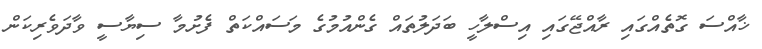
ޚާއްސަ ގޮތެއްގައި ރާއްޖޭގައި އިސްލާހީ ބަދަލުތައް ގެންއުމުގެ މަސައްކަތް ފެށުމާ ސިޔާސީ ވާދަވެރިކަން